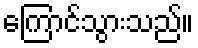
ကြောင်သွားသည်။